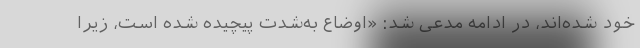
خود شده‌اند، در ادامه مدعی شد: «اوضاع به‌شدت پیچیده شده است، زیرا